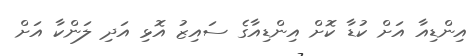
އިންޑިއާ އަށް ކުޑާ ކޮށް އިންޑިއާގެ ސައިޒު އޮޅި އަދި ލަންކާ އަށް